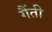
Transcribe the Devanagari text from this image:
गैंती